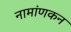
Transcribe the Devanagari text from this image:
नामांणकन